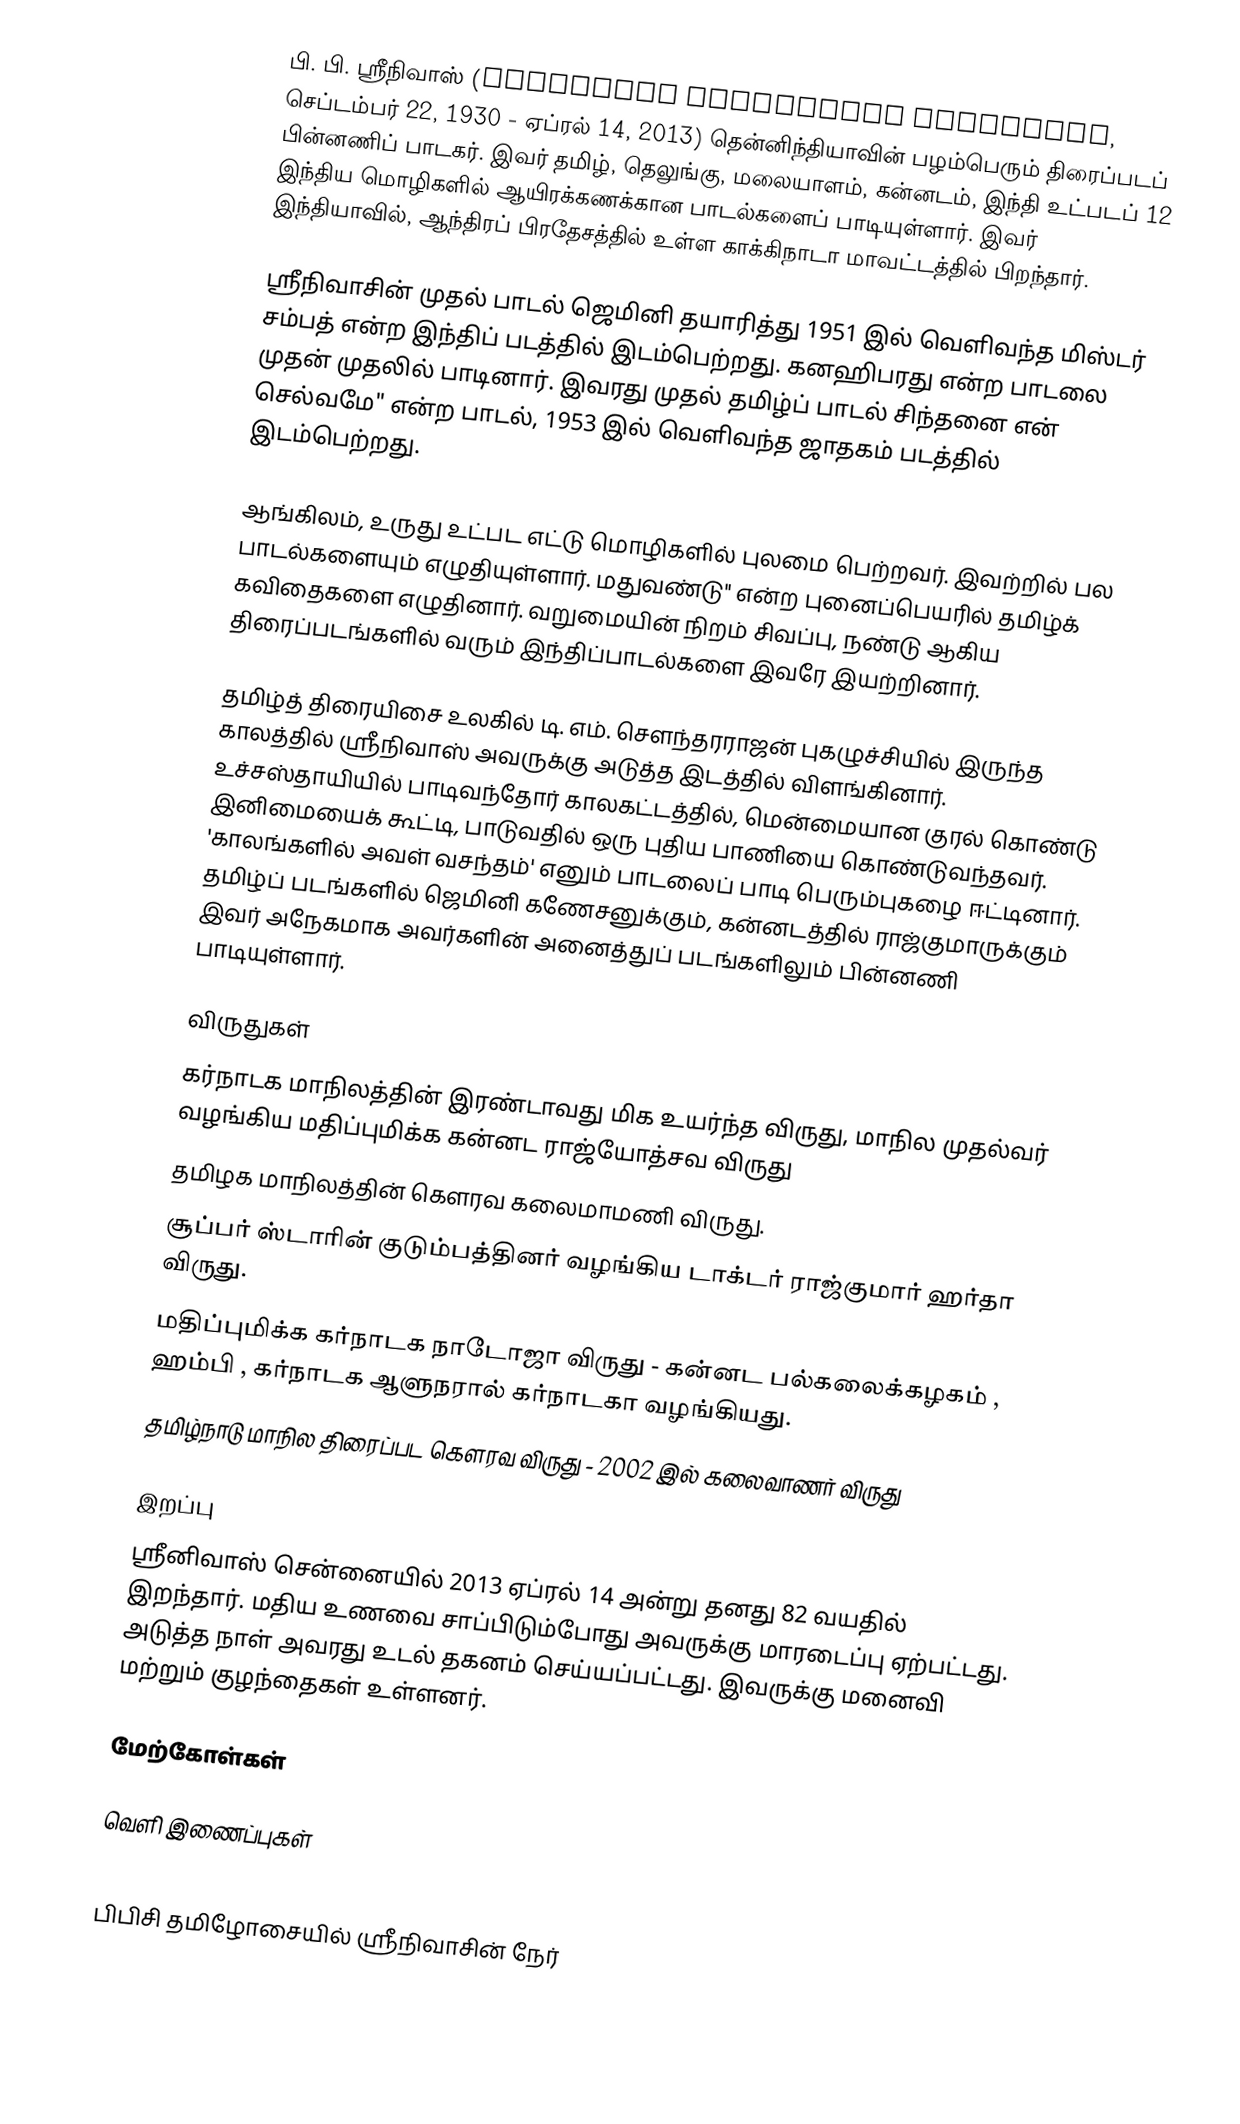
பி. பி. ஸ்ரீநிவாஸ் (Prativadi Bhayankara Sreenivas, செப்டம்பர் 22, 1930 - ஏப்ரல் 14, 2013) தென்னிந்தியாவின் பழம்பெரும் திரைப்படப் பின்னணிப் பாடகர். இவர் தமிழ், தெலுங்கு, மலையாளம், கன்னடம், இந்தி உட்படப் 12 இந்திய மொழிகளில் ஆயிரக்கணக்கான பாடல்களைப் பாடியுள்ளார். இவர் இந்தியாவில், ஆந்திரப் பிரதேசத்தில் உள்ள காக்கிநாடா மாவட்டத்தில் பிறந்தார்.

ஸ்ரீநிவாசின் முதல் பாடல் ஜெமினி தயாரித்து 1951 இல் வெளிவந்த மிஸ்டர் சம்பத் என்ற இந்திப் படத்தில் இடம்பெற்றது. கனஹிபரது என்ற பாடலை முதன் முதலில் பாடினார். இவரது முதல் தமிழ்ப் பாடல் சிந்தனை என் செல்வமே" என்ற பாடல், 1953 இல் வெளிவந்த ஜாதகம் படத்தில் இடம்பெற்றது.

ஆங்கிலம், உருது உட்பட எட்டு மொழிகளில் புலமை பெற்றவர். இவற்றில் பல பாடல்களையும் எழுதியுள்ளார். மதுவண்டு'' என்ற புனைப்பெயரில் தமிழ்க் கவிதைகளை எழுதினார். வறுமையின் நிறம் சிவப்பு, நண்டு ஆகிய திரைப்படங்களில் வரும் இந்திப்பாடல்களை இவரே இயற்றினார்.

தமிழ்த் திரையிசை உலகில் டி. எம். சௌந்தரராஜன் புகழுச்சியில் இருந்த காலத்தில் ஸ்ரீநிவாஸ் அவருக்கு அடுத்த இடத்தில் விளங்கினார். உச்சஸ்தாயியில் பாடிவந்தோர் காலகட்டத்தில், மென்மையான குரல் கொண்டு இனிமையைக் கூட்டி, பாடுவதில் ஒரு புதிய பாணியை கொண்டுவந்தவர். 'காலங்களில் அவள் வசந்தம்' எனும் பாடலைப் பாடி பெரும்புகழை ஈட்டினார். தமிழ்ப் படங்களில் ஜெமினி கணேசனுக்கும், கன்னடத்தில் ராஜ்குமாருக்கும் இவர் அநேகமாக அவர்களின் அனைத்துப் படங்களிலும் பின்னணி பாடியுள்ளார்.

விருதுகள்
 கர்நாடக மாநிலத்தின் இரண்டாவது மிக உயர்ந்த விருது, மாநில முதல்வர் வழங்கிய மதிப்புமிக்க கன்னட ராஜ்யோத்சவ விருது
 தமிழக மாநிலத்தின் கௌரவ கலைமாமணி விருது.
 சூப்பர் ஸ்டாரின் குடும்பத்தினர் வழங்கிய டாக்டர் ராஜ்குமார் ஹர்தா விருது.
 மதிப்புமிக்க கர்நாடக நாடோஜா விருது - கன்னட பல்கலைக்கழகம் , ஹம்பி , கர்நாடக ஆளுநரால் கர்நாடகா வழங்கியது.
 தமிழ்நாடு மாநில திரைப்பட கௌரவ விருது - 2002 இல் கலைவாணர் விருது

இறப்பு
ஸ்ரீனிவாஸ் சென்னையில் 2013 ஏப்ரல் 14 அன்று தனது 82 வயதில் இறந்தார். மதிய உணவை சாப்பிடும்போது அவருக்கு மாரடைப்பு ஏற்பட்டது. அடுத்த நாள் அவரது உடல் தகனம் செய்யப்பட்டது. இவருக்கு மனைவி மற்றும் குழந்தைகள் உள்ளனர்.

மேற்கோள்கள்

வெளி இணைப்புகள்

 பிபிசி தமிழோசையில் ஸ்ரீநிவாசின் நேர்